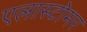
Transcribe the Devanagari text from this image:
एलास्टोमर